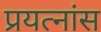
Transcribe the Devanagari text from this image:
प्रयत्नांस